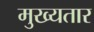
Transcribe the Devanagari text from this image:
मुख्यतार